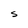
Character: S